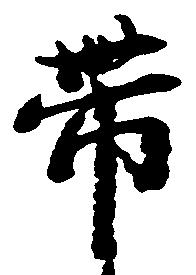
帯